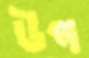
উপ